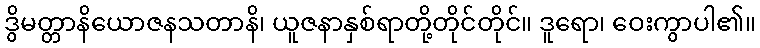
ဒွိမတ္တာနိယောဇနသတာနိ၊ ယူဇနာနှစ်ရာတို့တိုင်တိုင်။ ဒူရော၊ ဝေးကွာပါ၏။